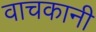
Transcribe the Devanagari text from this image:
वाचकानी